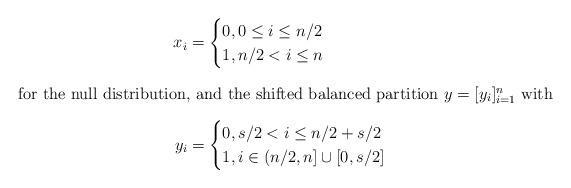
LaTeX: \begin{align*} x_i &= \begin{cases} 0, 0 \leq i \leq n/2 \\ 1, n/2 < i \leq n \end{cases}\intertext{for the null distribution, and the shifted balanced partition $y = [y_i]_{i=1}^n$ with} y_i &= \begin{cases} 0, s/2 < i \leq n/2+s/2 \\ 1, i \in (n/2, n] \cup [0, s/2] \end{cases}\end{align*}